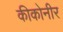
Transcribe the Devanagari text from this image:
कीकोनीर